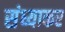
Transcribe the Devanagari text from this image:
संध्याकर